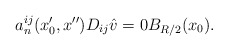
\begin{align*}a_n^{ij}(x_0',x'')D_{ij}\hat v=0B_{R/2}(x_0).\end{align*}